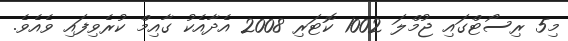
މި5 ރިސޯޓްގައި ޖުމްލަ 1002 ކޮޓަރި 2008 އެދާއެކު ގާއިމް ކުރެވިފައި ވެއެވެ.